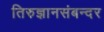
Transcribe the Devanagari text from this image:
तिरुज्ञानसंबन्दर